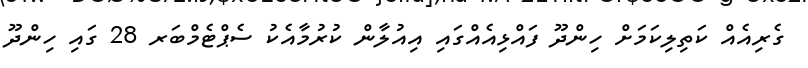
ގެރިއެއް ކަތިލިކަމަށް ހިންދޫ ފައްޅިއެއްގައި އިއުލާން ކުރުމާއެކު ސެޕްޓެމްބަރ 28 ގައި ހިންދޫ